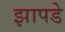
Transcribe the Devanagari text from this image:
झापडे